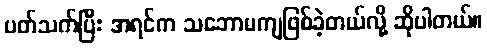
ပတ်သက်ပြီး အရင်က သဘောမကျဖြစ်ခဲ့တယ်လို့ ဆိုပါတယ်။